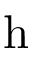
\mathrm { h }